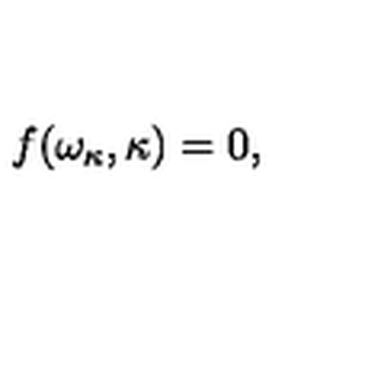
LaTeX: f ( \omega _ { \kappa } , \kappa ) = 0 ,